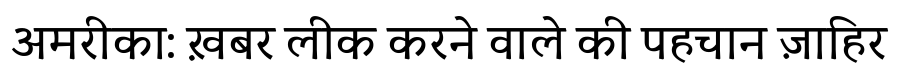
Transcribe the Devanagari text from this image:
अमरीका: ख़बर लीक करने वाले की पहचान ज़ाहिर